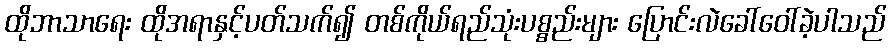
ထိုဘာသာရေး ထိုအရာနှင့်ပတ်သက်၍ တစ်ကိုယ်ရည်သုံးပစ္စည်းများ ပြောင်းလဲခေါ်ဝေါ်ခဲ့ပါသည်